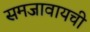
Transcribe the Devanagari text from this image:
समजावायची